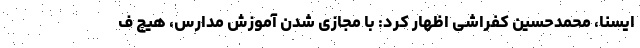
ایسنا، محمدحسین کفراشی اظهار کرد: با مجازی شدن آموزش مدارس، هیچ ف